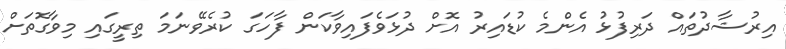
އިރުޝާދުތައް ދަރިފުޅު އެންމެ ކުޑައިރު އޮށް ދުޅަވެފައިވާކަން ފާހަގަ ކުރެވޭނަމަ ތިރީގައި މިވާގޮތަށް